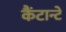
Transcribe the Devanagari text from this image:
कैंटान्टे